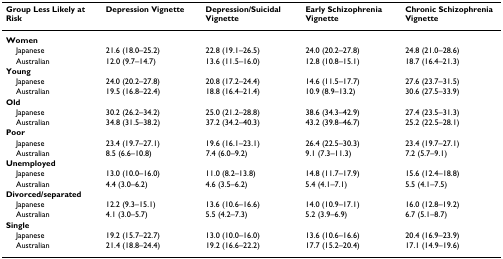
<table><thead><tr><td><b>Group Less Likely at Risk</b></td><td><b>Depression Vignette</b></td><td><b>Depression/Suicidal Vignette</b></td><td><b>Early Schizophrenia Vignette</b></td><td><b>Chronic Schizophrenia Vignette</b></td></tr></thead><tbody><tr><td><b>Women</b></td><td>[EMPTY_CELL]</td><td>[EMPTY_CELL]</td><td>[EMPTY_CELL]</td><td>[EMPTY_CELL]</td></tr><tr><td> Japanese</td><td>21.6 (18.0–25.2)</td><td>22.8 (19.1–26.5)</td><td>24.0 (20.2–27.8)</td><td>24.8 (21.0–28.6)</td></tr><tr><td> Australian</td><td>12.0 (9.7–14.7)</td><td>13.6 (11.5–16.0)</td><td>12.8 (10.8–15.1)</td><td>18.7 (16.4–21.3)</td></tr><tr><td><b>Young</b></td><td>[EMPTY_CELL]</td><td>[EMPTY_CELL]</td><td>[EMPTY_CELL]</td><td>[EMPTY_CELL]</td></tr><tr><td> Japanese</td><td>24.0 (20.2–27.8)</td><td>20.8 (17.2–24.4)</td><td>14.6 (11.5–17.7)</td><td>27.6 (23.7–31.5)</td></tr><tr><td> Australian</td><td>19.5 (16.8–22.4)</td><td>18.8 (16.4–21.4)</td><td>10.9 (8.9–13.2)</td><td>30.6 (27.5–33.9)</td></tr><tr><td><b>Old</b></td><td>[EMPTY_CELL]</td><td>[EMPTY_CELL]</td><td>[EMPTY_CELL]</td><td>[EMPTY_CELL]</td></tr><tr><td> Japanese</td><td>30.2 (26.2–34.2)</td><td>25.0 (21.2–28.8)</td><td>38.6 (34.3–42.9)</td><td>27.4 (23.5–31.3)</td></tr><tr><td> Australian</td><td>34.8 (31.5–38.2)</td><td>37.2 (34.2–40.3)</td><td>43.2 (39.8–46.7)</td><td>25.2 (22.5–28.1)</td></tr><tr><td><b>Poor</b></td><td>[EMPTY_CELL]</td><td>[EMPTY_CELL]</td><td>[EMPTY_CELL]</td><td>[EMPTY_CELL]</td></tr><tr><td> Japanese</td><td>23.4 (19.7–27.1)</td><td>19.6 (16.1–23.1)</td><td>26.4 (22.5–30.3)</td><td>23.4 (19.7–27.1)</td></tr><tr><td> Australian</td><td>8.5 (6.6–10.8)</td><td>7.4 (6.0–9.2)</td><td>9.1 (7.3–11.3)</td><td>7.2 (5.7–9.1)</td></tr><tr><td><b>Unemployed</b></td><td>[EMPTY_CELL]</td><td>[EMPTY_CELL]</td><td>[EMPTY_CELL]</td><td>[EMPTY_CELL]</td></tr><tr><td> Japanese</td><td>13.0 (10.0–16.0)</td><td>11.0 (8.2–13.8)</td><td>14.8 (11.7–17.9)</td><td>15.6 (12.4–18.8)</td></tr><tr><td> Australian</td><td>4.4 (3.0–6.2)</td><td>4.6 (3.5–6.2)</td><td>5.4 (4.1–7.1)</td><td>5.5 (4.1–7.5)</td></tr><tr><td><b>Divorced/separated</b></td><td>[EMPTY_CELL]</td><td>[EMPTY_CELL]</td><td>[EMPTY_CELL]</td><td>[EMPTY_CELL]</td></tr><tr><td> Japanese</td><td>12.2 (9.3–15.1)</td><td>13.6 (10.6–16.6)</td><td>14.0 (10.9–17.1)</td><td>16.0 (12.8–19.2)</td></tr><tr><td> Australian</td><td>4.1 (3.0–5.7)</td><td>5.5 (4.2–7.3)</td><td>5.2 (3.9–6.9)</td><td>6.7 (5.1–8.7)</td></tr><tr><td><b>Single</b></td><td>[EMPTY_CELL]</td><td>[EMPTY_CELL]</td><td>[EMPTY_CELL]</td><td>[EMPTY_CELL]</td></tr><tr><td> Japanese</td><td>19.2 (15.7–22.7)</td><td>13.0 (10.0–16.0)</td><td>13.6 (10.6–16.6)</td><td>20.4 (16.9–23.9)</td></tr><tr><td> Australian</td><td>21.4 (18.8–24.4)</td><td>19.2 (16.6–22.2)</td><td>17.7 (15.2–20.4)</td><td>17.1 (14.9–19.6)</td></tr></tbody></table>